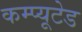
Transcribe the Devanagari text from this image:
कम्प्यूटेड